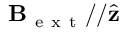
\mathbf { B } _ { \mathrm { ~ e ~ x ~ t ~ } } / / \hat { \mathbf { z } }